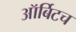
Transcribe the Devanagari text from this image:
ऑर्बिटच